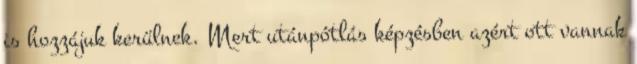
is hozzájuk kerülnek. Mert utánpótlás képzésben azért ott vannak